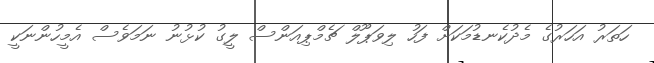
ހަތަރު އަހަރުގެ މެދުކެނޑުމަކަށް ފަހު ލިވަޕޫލް ޗެމްޕިއަންސް ލީގު ކުޅުނު ނަމަވެސް އެމީހުންނަކީ